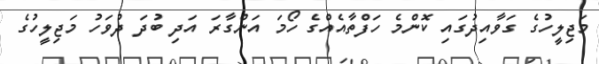
މަޖިލީހުގެ ގަވާއިދުގައި ކޮންމެ ހަފްތާއެއްގެ ހޯމަ އަންގާރަ އަދި ބުދަ ދުވަހު މަޖިލީހުގެ